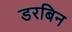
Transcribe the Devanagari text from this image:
डरबिन